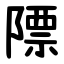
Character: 䧣